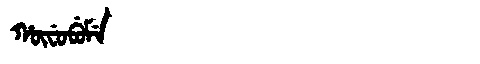
Manchu: ᡥᡡᠸᡠᠪᡠᠮᡝ
Romanization: HŪFUBUME